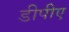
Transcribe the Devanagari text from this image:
डीपीए